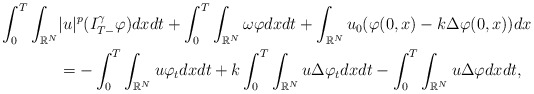
\begin{align*}\int_0^T\int_{\mathbb{R}^{N}}&|u|^{p}(I^\gamma_{T-}\varphi) dx dt +\int_0^T\int_{\mathbb{R}^{N}} \omega\varphi dx dt+\int_{\mathbb{R}^{N}}u_0(\varphi(0,x)-k\Delta\varphi(0,x))dx\\&= -\int_0^T\int_{\mathbb{R}^{N}}u\varphi_tdx dt+k\int_0^T\int_{\mathbb{R}^{N}}u\Delta\varphi_tdx dt-\int_0^T\int_{\mathbb{R}^{N}}u\Delta\varphi dx dt,\end{align*}